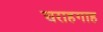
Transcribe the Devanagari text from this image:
चराहगाह